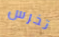
تخرس